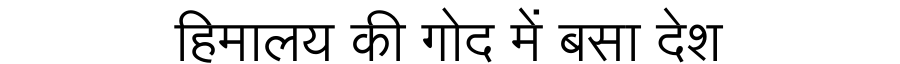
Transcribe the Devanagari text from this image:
हिमालय की गोद में बसा देश